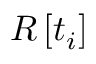
R \left[ t _ { i } \right]